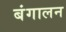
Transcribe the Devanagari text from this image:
बंगालन